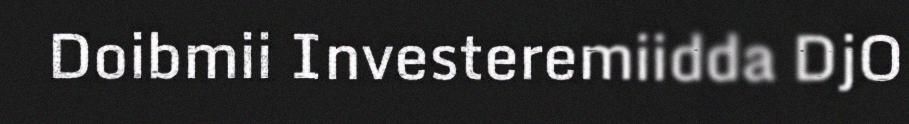
Doibmii Investeremiidda DjO